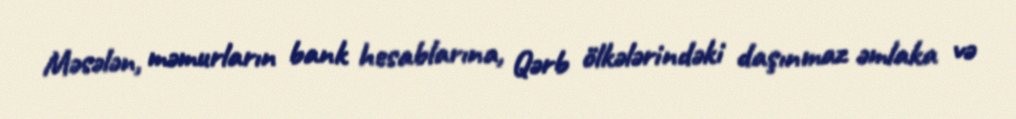
Məsələn, məmurların bank hesablarına, Qərb ölkələrindəki daşınmaz əmlaka və